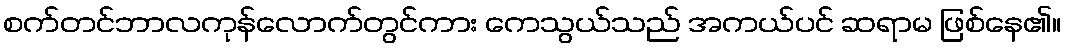
စက်တင်ဘာလကုန်လောက်တွင်ကား ကေသွယ်သည် အကယ်ပင် ဆရာမ ဖြစ်နေ၏။